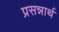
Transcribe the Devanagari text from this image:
प्रसन्नार्थ